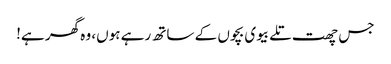
جس چھت تلے بیوی بچوں کے ساتھ رہے ہوں، وہ گھر ہے!